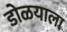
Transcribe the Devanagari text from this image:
डोळयाला